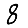
Digit: 8